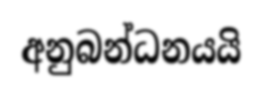
අනුබන්ධනයයි